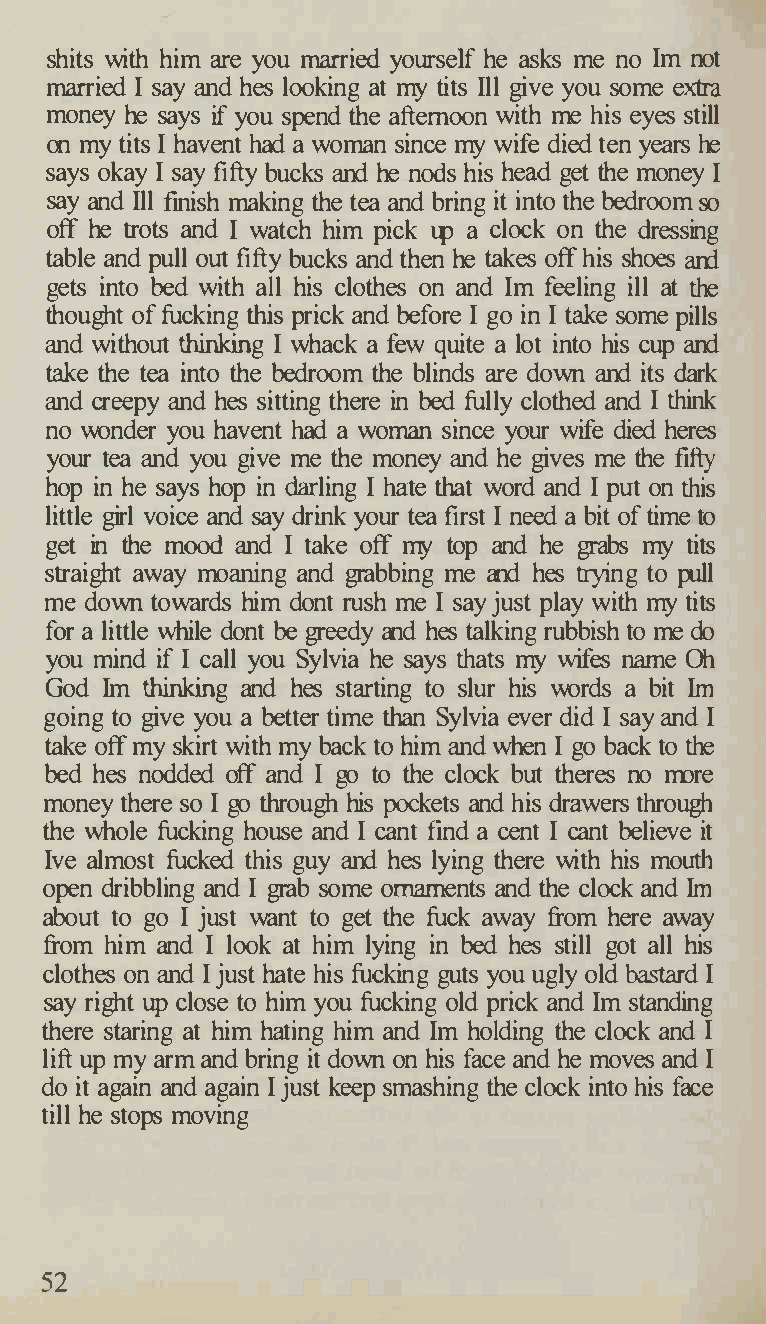
shits with him are you married yourself he asks me no Im not
 married I say and hes looking at my tits Ill give you some extra
 money he says if you spend the afternoon with me his eyes still
 on my tits I havent had a woman since my wife died ten years he
 says okay I say fifty bucks and he nods his head get the money I
 say and Ill finish making the tea and bring it into the bedroom so
 off he trots and I watch him pick up a clock on the dressing
 table and pull out fifty bucks and then he takes off his shoes and
 gets into bed with all his clothes on and Im feeling ill at the
 thought of fucking this prick and before I go in I take some pills
 and without thinking I whack a few quite a lot into his cup and
 take the tea into the bedroom the blinds are down and its dark
 and creepy and hes sitting there in bed fully clothed and I think
 no wonder you havent had a woman since your wife died heres
 your tea and you give me the money and he gives me the fifty
 hop in he says hop in darling I hate that word and I put on this
 little girl voice and say drink your tea first I need a bit of time to
 get in the mood and I take off my top and he grabs my tits
 straight away moaning and grabbing me and hes trying to pull
 me down towards him dont rush me I say just play with my tits
 for a little while dont be greedy and hes talking rubbish to me do
 you mind if I call you Sylvia he says thats my wifes name Oh
 God Im thinking and hes starting to slur his words a bit Im
 going to give you a better time than Sylvia ever did I say and I
 take off my skirt with my back to him and when I go back to the
 bed hes nodded off and I go to the clock but theres no more
 money there so I go through his pockets and his drawers through
 the whole fucking house and I cant find a cent I cant believe it
 Ive almost fucked this guy and hes lying there with his mouth
 open dribbling and I grab some omarnents and the clock and Im
 about to go I just want to get the fuck away from here away
 from him and I look at him lying in bed hes still got all his
 clothes on and I just hate his fucking guts you ugly old bastard I
 say right up close to him you fucking old prick and Im standing
 there staring at him hating him and Im holding the clock and I
 lift up my arm and bring it down on his face and he moves and I
 do it again and again I just keep smashing the clock into his face
 till he stops moving
 52